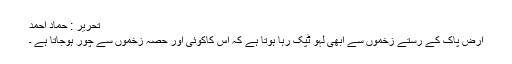
تحریر : حماد احمد
ارض پاک کے رستے زخموں سے ابھی لہو ٹپک رہا ہوتا ہے کہ اس کاکوئی اور حصہ زخموں سے چور ہوجاتا ہے ۔